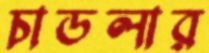
চাডলার